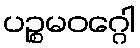
ပဉ္စမဝဂ္ဂေါ